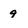
Character: g